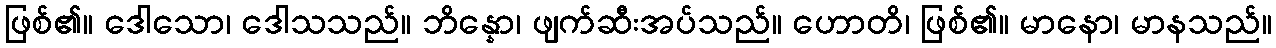
ဖြစ်၏။ ဒေါသော၊ ဒေါသသည်။ ဘိန္နော၊ ဖျက်ဆီးအပ်သည်။ ဟောတိ၊ ဖြစ်၏။ မာနော၊ မာနသည်။